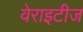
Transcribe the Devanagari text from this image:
वेराइटीज